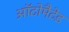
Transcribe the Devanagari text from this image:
ऑटोमैटेड